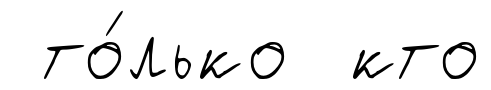
то́лько кто